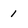
Character: 1